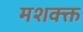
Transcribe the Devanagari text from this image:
मशक्क्त